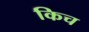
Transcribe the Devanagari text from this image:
किच